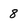
Character: 8